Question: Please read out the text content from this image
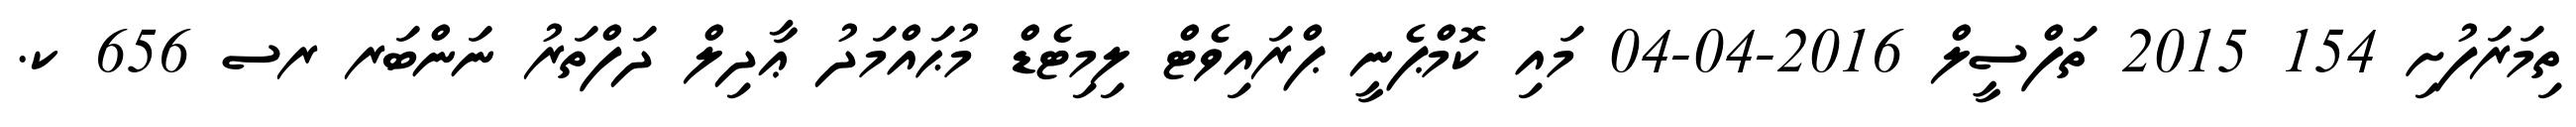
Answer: ތިމަރަފުށި 154 2015 ތަފްސީލް 2016-04-04 މައި ކޮމްޕެނީ ޕްރައިވެޓް ލިމިޓެޑް މުޙައްމަދު ޢާދިލް ދަފްތަރު ނަންބަރ ރސ 656 ކ.